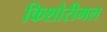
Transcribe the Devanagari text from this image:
किशोरीमल